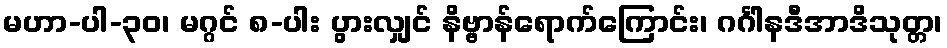
မဟာ-ပါ-၃၀၊ မဂ္ဂင် ၈-ပါး ပွားလျှင် နိဗ္ဗာန်ရောက်ကြောင်း၊ ဂင်္ဂါနဒီအာဒိသုတ္တ၊